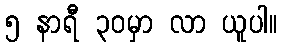
၅ နာရီ ၃၀မှာ လာ ယူပါ။